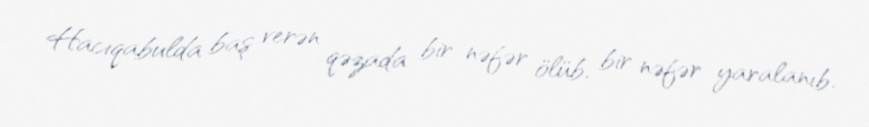
Hacıqabulda baş verən qəzada bir nəfər ölüb, bir nəfər yaralanıb.